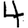
Digit: 4